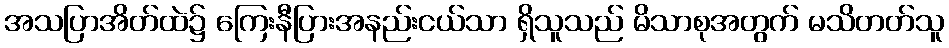
အသပြာအိတ်ထဲ၌ ကြေးနီပြားအနည်းငယ်သာ ရှိသူသည် မိသာစုအတွက် မသိတတ်သူ